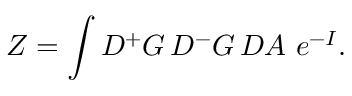
Z = \int { \cal D } { ^ + } G \, { \cal D } { ^ - } G \, { \cal D } A \, \, e ^ { - I } .